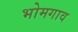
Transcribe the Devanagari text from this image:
भोमगाव